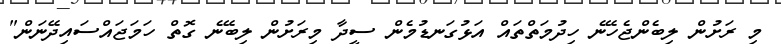
މި ރަށުން ލިބެންޖެހޭނެ ހިދުމަތްތައް އަޅުގަނޑުމެން ސީދާ މިރަށުން ލިބޭނެ ގޮތް ހަމަޖައްސައިދޭނަން"